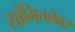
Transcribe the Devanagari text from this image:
सांगितलेवर